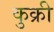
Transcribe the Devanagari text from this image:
कुक्री